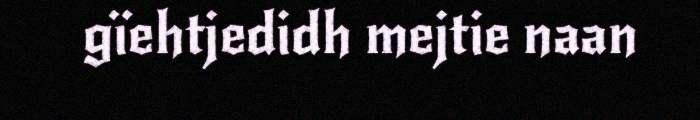
gïehtjedidh mejtie naan